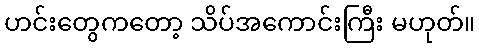
ဟင်းတွေကတော့ သိပ်အကောင်းကြီး မဟုတ်။